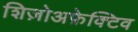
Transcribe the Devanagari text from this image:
शिज़ोअफ़ेक्टिव